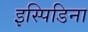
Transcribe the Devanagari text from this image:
इस्पिडिना